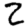
Digit: 2